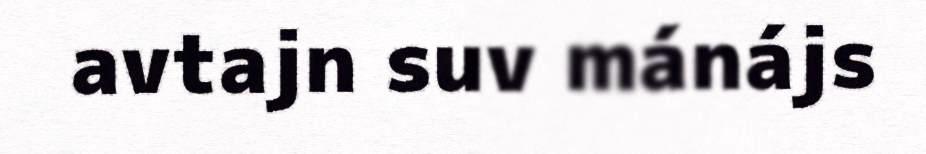
avtajn suv mánájs